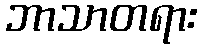
ဘာသာတရား